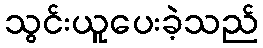
သွင်းယူပေးခဲ့သည်